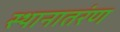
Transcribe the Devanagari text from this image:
स्थानातरंण